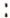
: